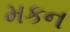
મકન